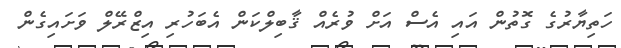
ހަތިޔާރުގެ ގޮތުން އައި އެސް އަށް ވުރެއް ޤާބިލްކަން އެބަހުރި އިޒްރޭލް ވަށައިގެން